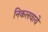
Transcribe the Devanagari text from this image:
निकलवाये